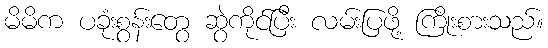
မိမိက ပခုံးစွန်းတွေ ဆွဲကိုင်ပြီး လမ်းပြဖို့ ကြိုးစားသည်။